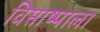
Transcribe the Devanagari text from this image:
विप्ताष्पाला